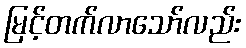
မြင့်တက်လာသော်လည်း